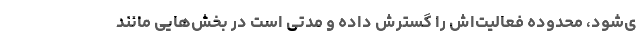
ی‌شود، محدوده فعالیت‌اش را گسترش داده و مدتی است در بخش‌هایی مانند